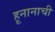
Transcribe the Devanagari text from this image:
हूनानाची